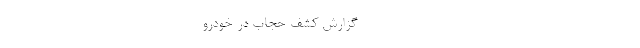
---------------------------------------------- گزارش کشف حجاب در خودرو